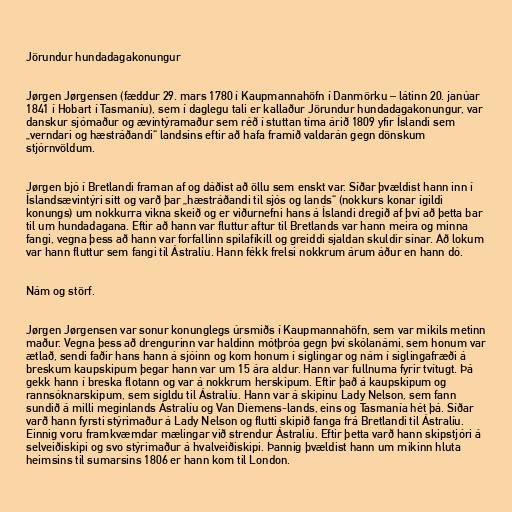
Jörundur hundadagakonungur

Jørgen Jørgensen (fæddur 29. mars 1780 í Kaupmannahöfn í Danmörku – látinn 20. janúar
1841 í Hobart í Tasmaníu), sem í daglegu tali er kallaður Jörundur hundadagakonungur, var
danskur sjómaður og ævintýramaður sem réð í stuttan tíma árið 1809 yfir Íslandi sem
„verndari og hæstráðandi“ landsins eftir að hafa framið valdarán gegn dönskum
stjórnvöldum.

Jørgen bjó í Bretlandi framan af og dáðist að öllu sem enskt var. Síðar þvældist hann inn í
Íslandsævintýri sitt og varð þar „hæstráðandi til sjós og lands“ (nokkurs konar ígildi
konungs) um nokkurra vikna skeið og er viðurnefni hans á Íslandi dregið af því að þetta bar
til um hundadagana. Eftir að hann var fluttur aftur til Bretlands var hann meira og minna
fangi, vegna þess að hann var forfallinn spilafíkill og greiddi sjaldan skuldir sínar. Að lokum
var hann fluttur sem fangi til Ástralíu. Hann fékk frelsi nokkrum árum áður en hann dó.

Nám og störf.

Jørgen Jørgensen var sonur konunglegs úrsmiðs í Kaupmannahöfn, sem var mikils metinn
maður. Vegna þess að drengurinn var haldinn mótþróa gegn því skólanámi, sem honum var
ætlað, sendi faðir hans hann á sjóinn og kom honum í siglingar og nám í siglingafræði á
breskum kaupskipum þegar hann var um 15 ára aldur. Hann var fullnuma fyrir tvítugt. Þá
gekk hann í breska flotann og var á nokkrum herskipum. Eftir það á kaupskipum og
rannsóknarskipum, sem sigldu til Ástralíu. Hann var á skipinu Lady Nelson, sem fann
sundið á milli meginlands Ástralíu og Van Diemens-lands, eins og Tasmanía hét þá. Síðar
varð hann fyrsti stýrimaður á Lady Nelson og flutti skipið fanga frá Bretlandi til Ástralíu.
Einnig voru framkvæmdar mælingar við strendur Ástralíu. Eftir þetta varð hann skipstjóri á
selveiðiskipi og svo stýrimaður á hvalveiðiskipi. Þannig þvældist hann um mikinn hluta
heimsins til sumarsins 1806 er hann kom til London.